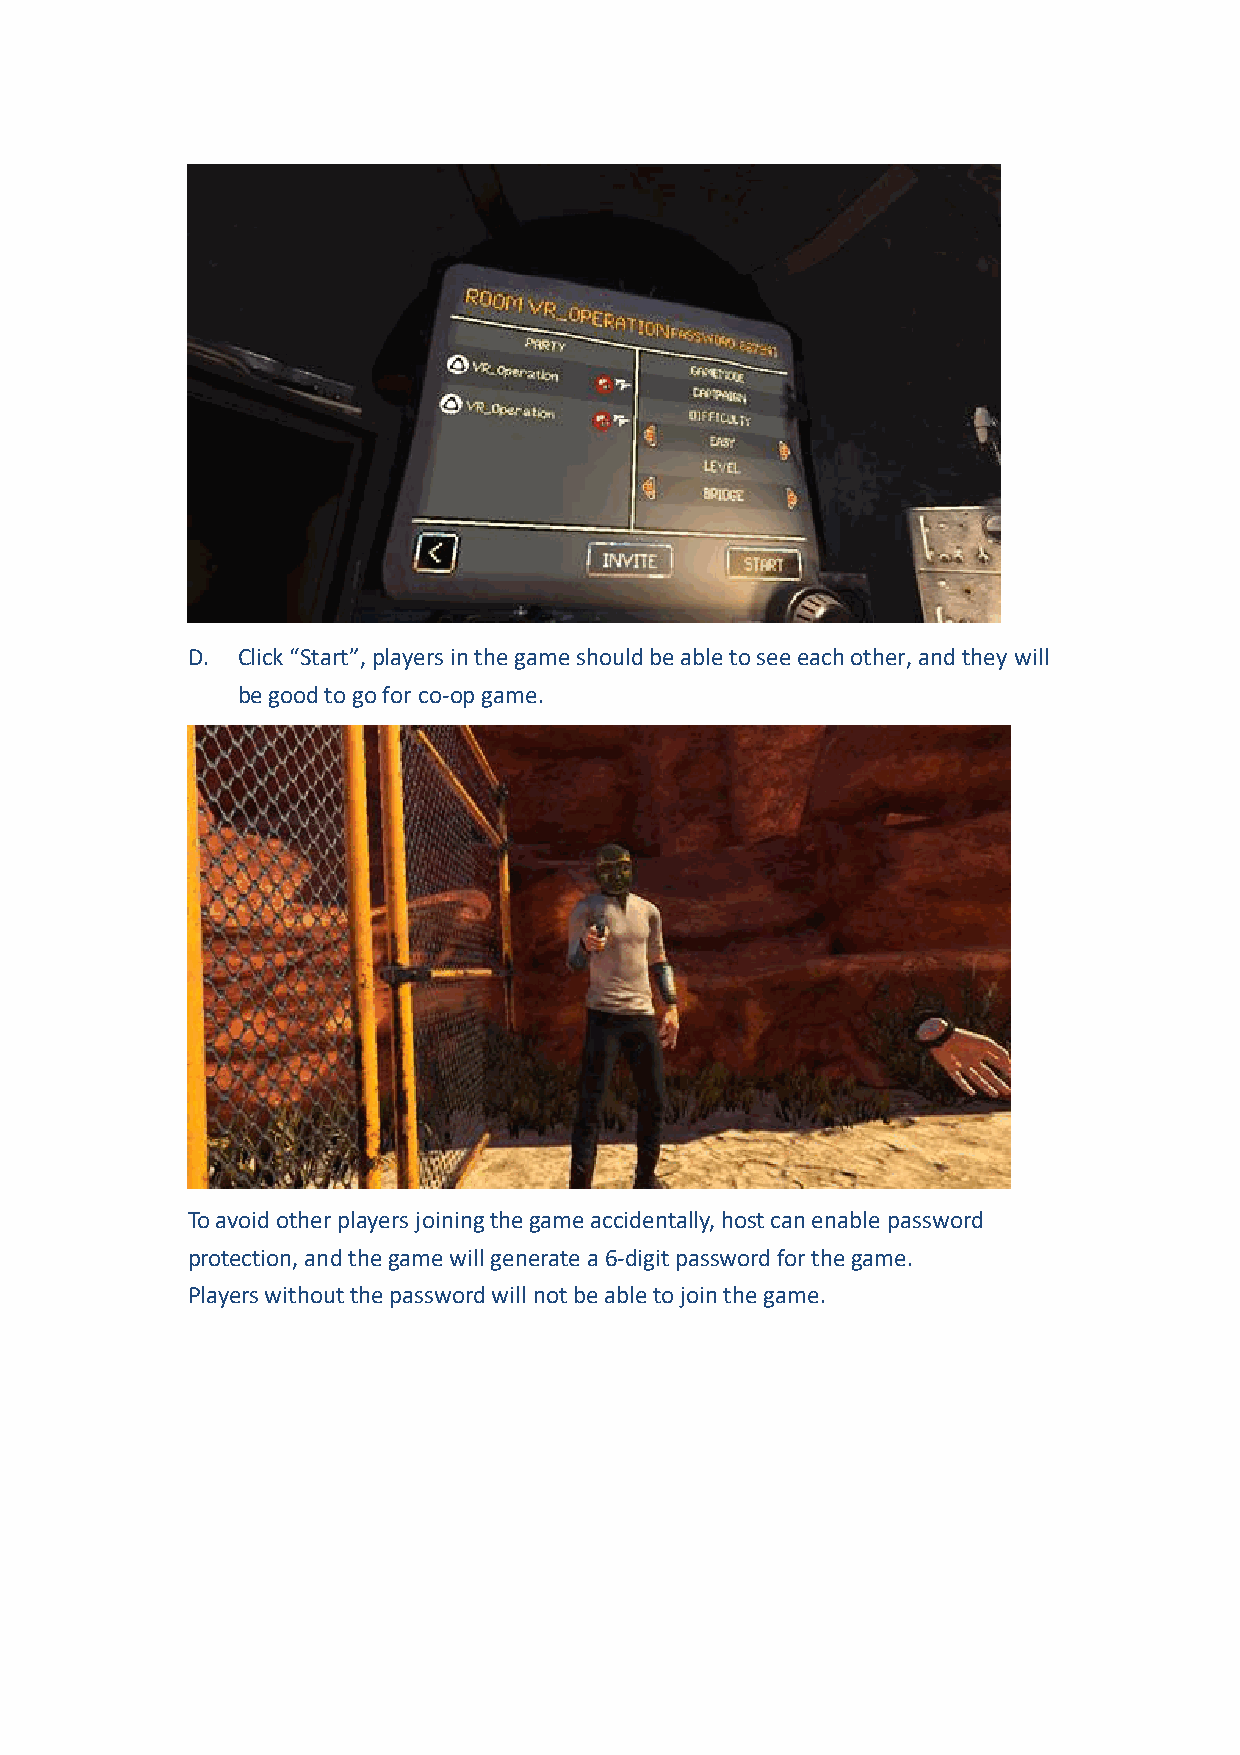
D.  Click “Start”, players in the game should be able to see each other, and they will
 be good to go for co-op game.
 To avoid other players joining the game accidentally, host can enable password
 protection, and the game will generate a 6-digit password for the game.
 Players without the password will not be able to join the game.